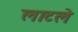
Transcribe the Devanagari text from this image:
लाटले